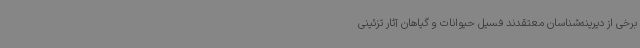
برخی از دیرینه‌شناسان معتقدند فسیل‌ حیوانات و گیاهان آثار تزئینی